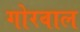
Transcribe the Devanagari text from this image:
गोरवाल